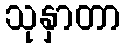
သုနှာတာ